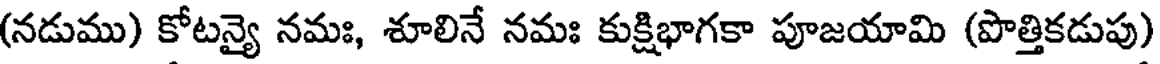
(నడుము) కోటన్యై నమః, శూలినే నమః కుక్షిభాగకా పూజయామి (పొత్తికడుపు)